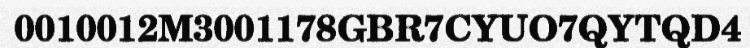
0010012M3001178GBR7CYUO7QYTQD4